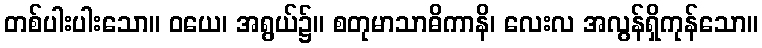
တစ်ပါးပါးသော။ ဝယေ၊ အရွယ်၌။ စတုမာသာဓိကာနိ၊ လေးလ အလွန်ရှိကုန်သော။